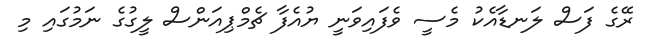
ރޭގެ ފަސް ލަނޑާއެކު މެސީ ވެފައިވަނީ ޔުއެފާ ޗެމްޕިއަންސް ލީގުގެ ނަމުގައި މި